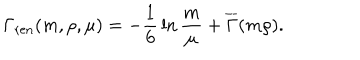
\Gamma _ { \mathrm { r e n } } ( m , \rho , \mu ) = - { \frac { 1 } { 6 } } \ln { \frac { m } { \mu } } + \overline { { { \Gamma } } } ( m \rho ) .